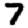
Digit: 7